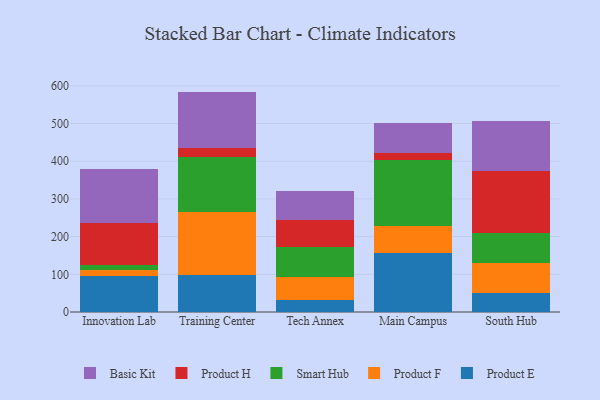
{"axis": {"x": "Campus", "y": "Satisfaction Score"}, "legend": ["Basic Kit", "Product E", "Product F", "Product H", "Smart Hub"], "data": [{"x": "Innovation Lab", "y": 95.9, "type": "Product E"}, {"x": "Innovation Lab", "y": 16.2, "type": "Product F"}, {"x": "Innovation Lab", "y": 13.6, "type": "Smart Hub"}, {"x": "Innovation Lab", "y": 111.0, "type": "Product H"}, {"x": "Innovation Lab", "y": 142.1, "type": "Basic Kit"}, {"x": "Training Center", "y": 96.9, "type": "Product E"}, {"x": "Training Center", "y": 169.3, "type": "Product F"}, {"x": "Training Center", "y": 145.4, "type": "Smart Hub"}, {"x": "Training Center", "y": 24.0, "type": "Product H"}, {"x": "Training Center", "y": 149.1, "type": "Basic Kit"}, {"x": "Tech Annex", "y": 30.6, "type": "Product E"}, {"x": "Tech Annex", "y": 61.5, "type": "Product F"}, {"x": "Tech Annex", "y": 80.0, "type": "Smart Hub"}, {"x": "Tech Annex", "y": 71.6, "type": "Product H"}, {"x": "Tech Annex", "y": 78.4, "type": "Basic Kit"}, {"x": "Main Campus", "y": 156.3, "type": "Product E"}, {"x": "Main Campus", "y": 70.9, "type": "Product F"}, {"x": "Main Campus", "y": 175.6, "type": "Smart Hub"}, {"x": "Main Campus", "y": 20.0, "type": "Product H"}, {"x": "Main Campus", "y": 78.0, "type": "Basic Kit"}, {"x": "South Hub", "y": 49.4, "type": "Product E"}, {"x": "South Hub", "y": 79.7, "type": "Product F"}, {"x": "South Hub", "y": 81.0, "type": "Smart Hub"}, {"x": "South Hub", "y": 163.2, "type": "Product H"}, {"x": "South Hub", "y": 133.1, "type": "Basic Kit"}]}